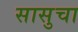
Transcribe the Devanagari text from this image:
सासुचा